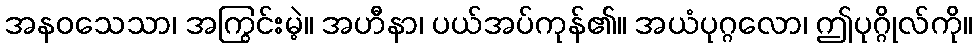
အနဝသေသာ၊ အကြွင်းမဲ့။ အဟီနာ၊ ပယ်အပ်ကုန်၏။ အယံပုဂ္ဂလော၊ ဤပုဂ္ဂိုလ်ကို။